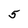
Character: 5